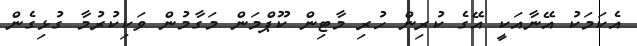
އެކަމަކު އޭނާއަކީ އޭގެ ކުރިން ހުރި މާޓިން ކޫޕްމަން މަގާމުން ވަކިކުރުމާ ގުޅިގެން